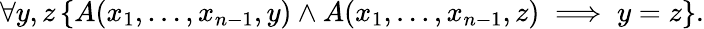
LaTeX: \forall y,z\left\{ A(x_{1},\ldots,x_{n-1},y)\wedge A(x_{1},\ldots,x_{n-1},z)\implies y=z\right\} .